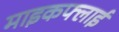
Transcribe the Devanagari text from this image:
माइकफ्लाई